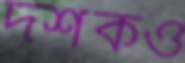
দর্শকও